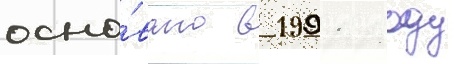
осно́вано в 1991 году